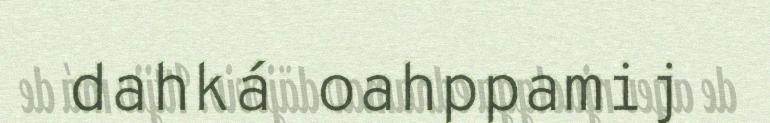
dahká oahppamij